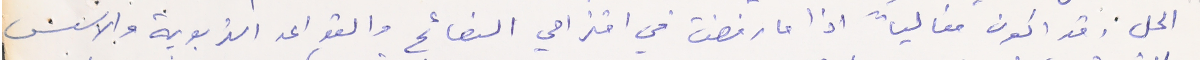
الحل. وقد اكون مغالياً اذا ما رفضت في اقتراحي النصائح والقواعد التربوية والاسس